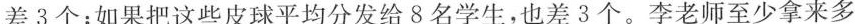
差3个；如果把这些皮球平均分发给8名学生，也差3个。李老师至少拿来多